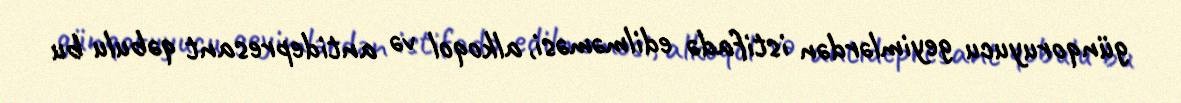
günqoruyucu geyimlərdən istifadə edilməməsi, alkoqol və antidepresant qəbulu bu